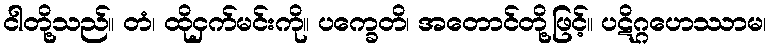
ငါတို့သည်။ တံ၊ ထိုငှက်မင်းကို။ ပက္ခေတိ၊ အတောင်တို့ဖြင့်။ ပဋိဂ္ဂဟေဿာမ၊